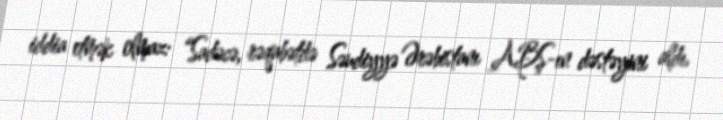
iddia etmək olmaz: “Sadəcə, rəqabətdə Səudiyyə Ərəbistanı ABŞ-ın dəstəyini aldı.